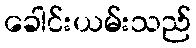
ခေါင်းယမ်းသည်